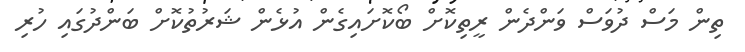
ތިން މަސް ދުވަސް ވަންދެން ރީތިކޮށް ބޯކޮށައިގެން އުޅެން ޝަރުތުކޮށް ބަންދުގައި ހުރި